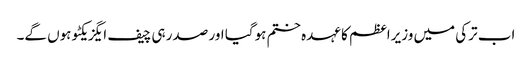
اب ترکی میں وزیراعظم کا عہدہ ختم ہوگیا اور صدر ہی چیف ایگزیکٹو ہوں گے۔